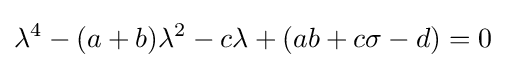
\lambda ^{4}-(a+b)\lambda ^{2}-c\lambda +(ab+c\sigma -d)=0